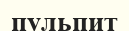
пульпит